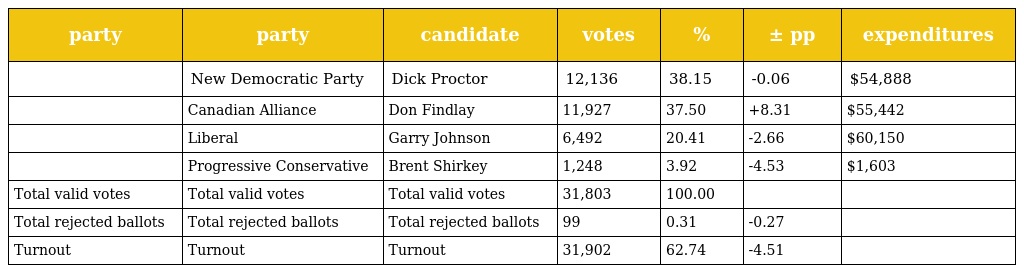
| party | party | candidate | votes | % | ± pp | expenditures |
 | --- | --- | --- | --- | --- | --- | --- |
 |  | New Democratic Party | Dick Proctor | 12,136 | 38.15 | -0.06 | $54,888 |
 |  | Canadian Alliance | Don Findlay | 11,927 | 37.50 | +8.31 | $55,442 |
 |  | Liberal | Garry Johnson | 6,492 | 20.41 | -2.66 | $60,150 |
 |  | Progressive Conservative | Brent Shirkey | 1,248 | 3.92 | -4.53 | $1,603 |
 | Total valid votes | Total valid votes | Total valid votes | 31,803 | 100.00 |  |  |
 | Total rejected ballots | Total rejected ballots | Total rejected ballots | 99 | 0.31 | -0.27 |  |
 | Turnout | Turnout | Turnout | 31,902 | 62.74 | -4.51 |  |